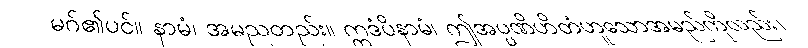
မဂ်၏ပင်။ နာမံ၊ အမညတည်း။ ဣဒံပိနာမံ၊ ဤအပ္ပဏိဟိတံဟူသောအမည်ကိုလည်း။